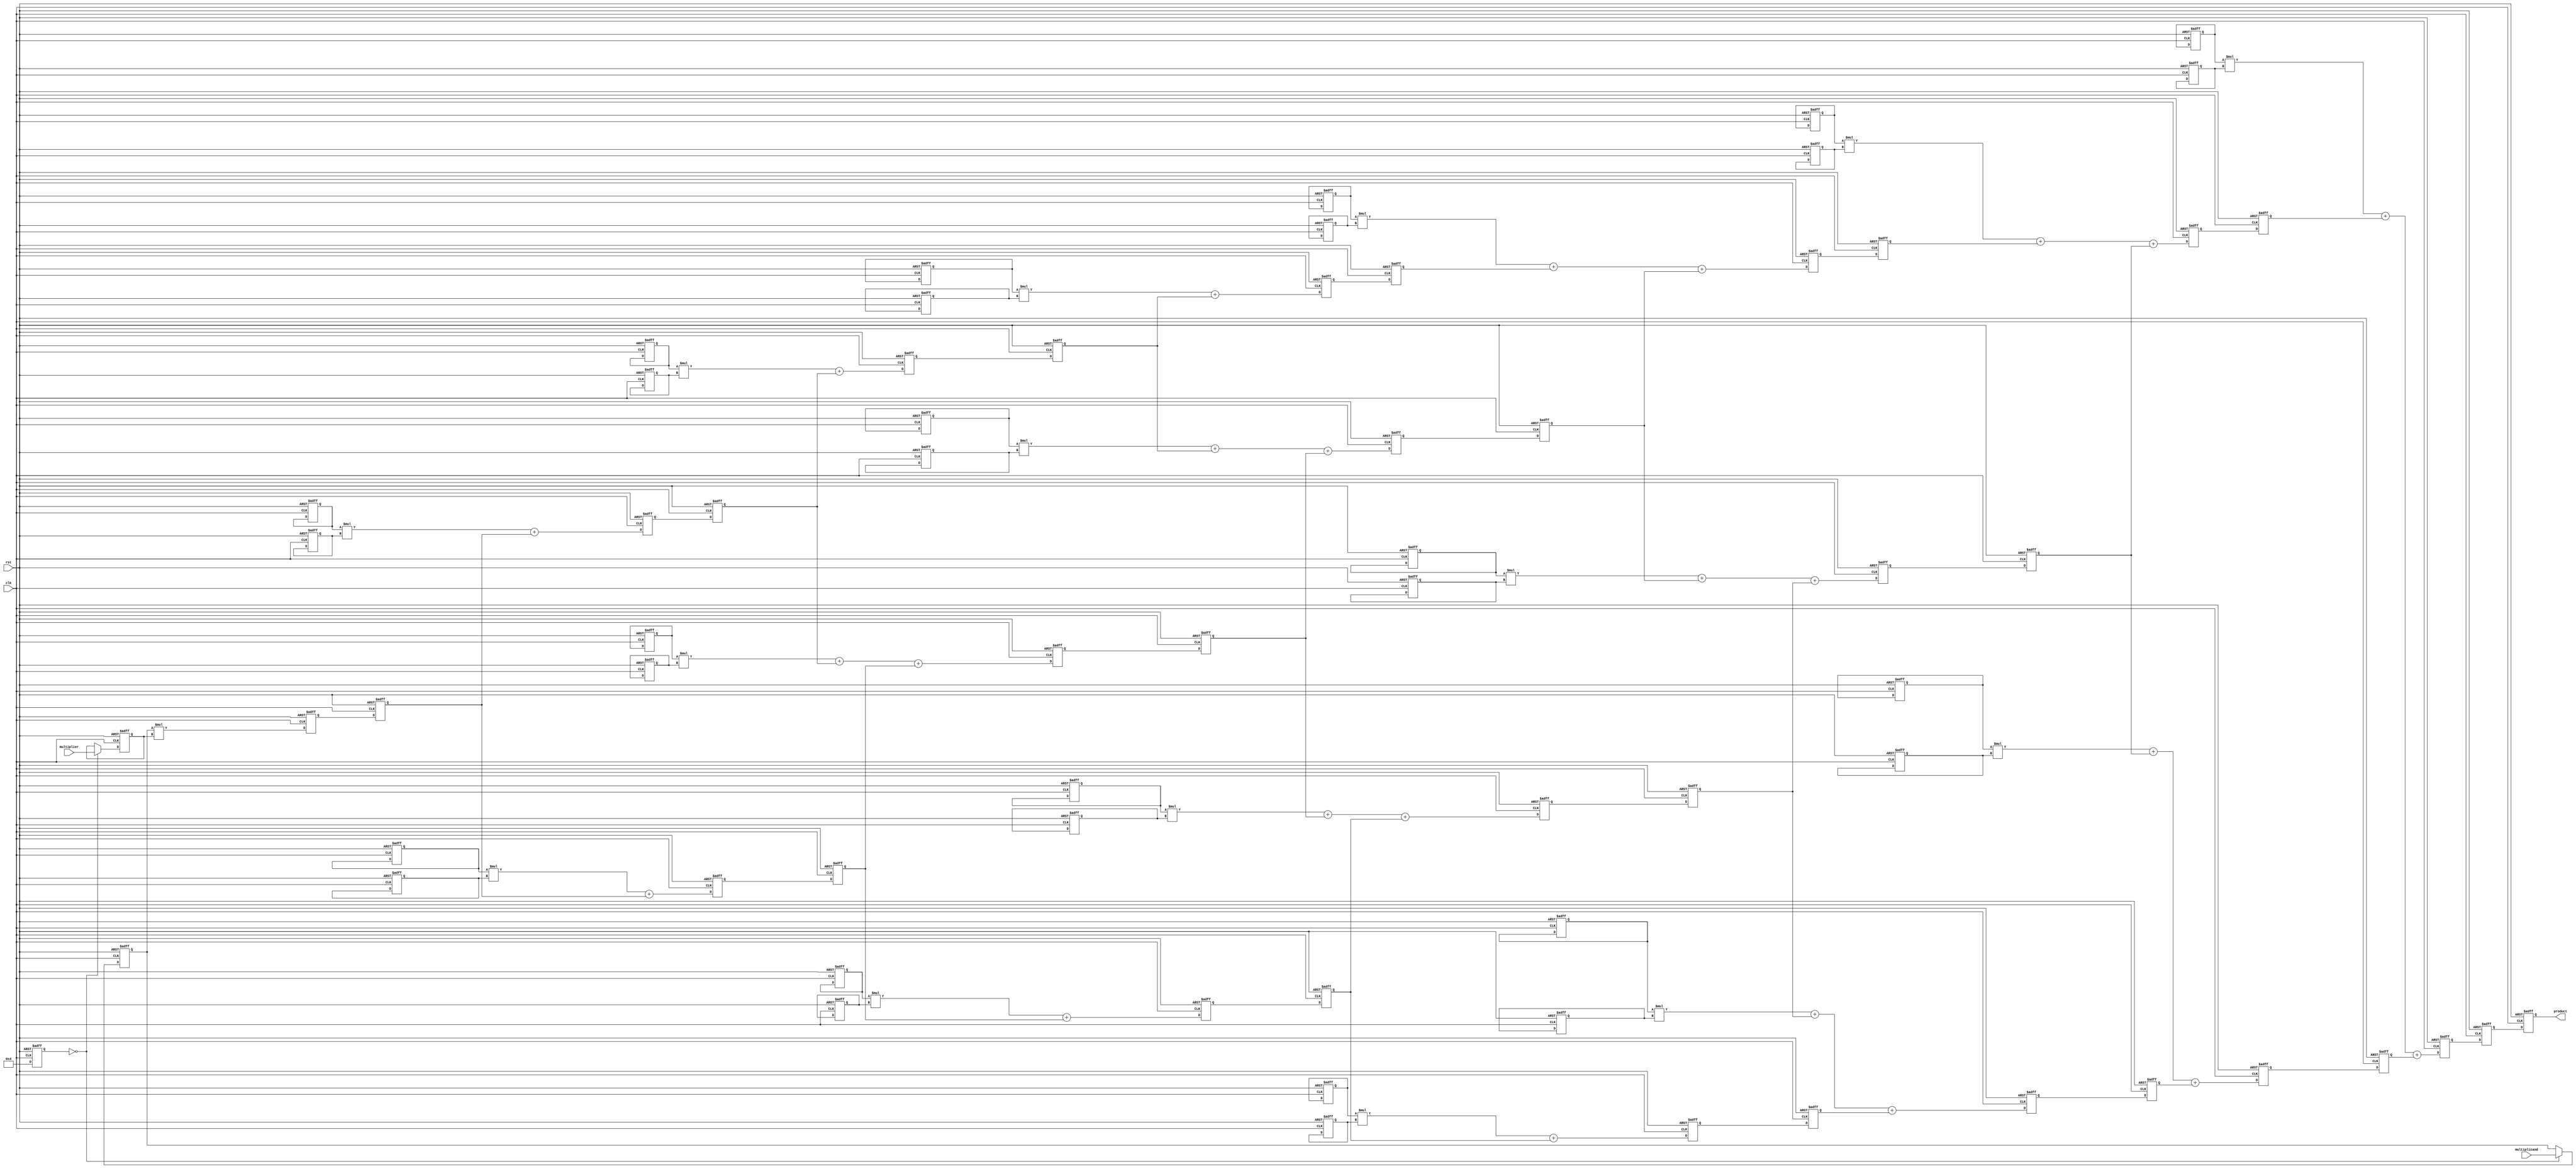
module systolic_multiplier #(
    parameter WIDTH = 4 // Bit-width of multiplicand and multiplier
)(
    input wire clk,
    input wire rst,
    input wire [WIDTH-1:0] multiplicand,
    input wire [WIDTH-1:0] multiplier,
    output reg [2*WIDTH-1:0] product
);

    // Processing Elements (PEs)
    reg [WIDTH-1:0] pe_a [0:WIDTH-1][0:WIDTH-1]; // Multiplicand inputs
    reg [WIDTH-1:0] pe_b [0:WIDTH-1][0:WIDTH-1]; // Multiplier inputs
    reg [2*WIDTH-1:0] pe_result [0:WIDTH-1][0:WIDTH-1]; // Partial products
    reg [2*WIDTH-1:0] pe_accum [0:WIDTH-1][0:WIDTH-1]; // Accumulated results

    integer i, j;

    always @(posedge clk or posedge rst) begin
        if (rst) begin
            // Reset all registers
            product <= 0;
            for (i = 0; i < WIDTH; i = i + 1) begin
                for (j = 0; j < WIDTH; j = j + 1) begin
                    pe_a[i][j] <= 0;
                    pe_b[i][j] <= 0;
                    pe_result[i][j] <= 0;
                    pe_accum[i][j] <= 0;
                end
            end
        end else begin
            // Load inputs into the first row and column
            if (i == 0) begin
                pe_a[0][0] <= multiplicand;
                pe_b[0][0] <= multiplier;
            end

            // Systolic array computation
            for (i = 0; i < WIDTH; i = i + 1) begin
                for (j = 0; j < WIDTH; j = j + 1) begin
                    // Compute partial product in the first PE
                    if (i == 0 && j == 0) begin
                        pe_result[i][j] <= pe_a[i][j] * pe_b[i][j];
                    end else if (i == 0) begin
                        pe_result[i][j] <= pe_a[i][j] * pe_b[i][j] + pe_accum[i][j-1];
                    end else if (j == 0) begin
                        pe_result[i][j] <= pe_a[i][j] * pe_b[i][j] + pe_accum[i-1][j];
                    end else begin
                        pe_result[i][j] <= pe_a[i][j] * pe_b[i][j] + pe_accum[i-1][j] + pe_accum[i][j-1];
                    end

                    // Accumulate results
                    pe_accum[i][j] <= pe_result[i][j];
                end
            end

            // Final product is in the last PE
            product <= pe_accum[WIDTH-1][WIDTH-1];
        end
    end

endmodule